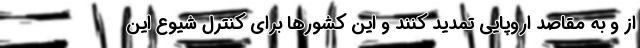
از و به مقاصد اروپایی تمدید کنند و این کشورها برای کنترل شیوع این